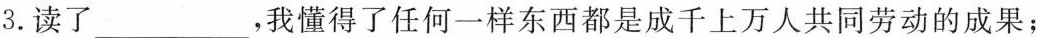
3.读了___，我懂得了任何一样东西都是成千上万人共同劳动的成果；